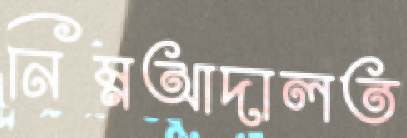
নিম্নআদালত